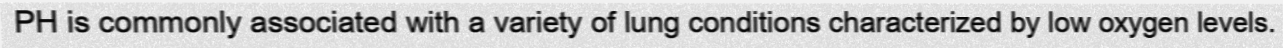
PH is commonly associated with a variety of lung conditions characterized by low oxygen levels.